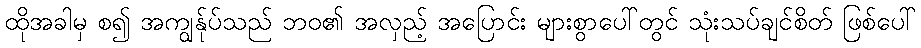
ထိုအခါမှ စ၍ အကျွန်ုပ်သည် ဘဝ၏ အလှည့် အပြောင်း များစွာပေါ်တွင် သုံးသပ်ချင်စိတ် ဖြစ်ပေါ်